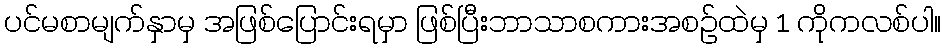
ပင်မစာမျက်နှာမှ အဖြစ်ပြောင်းရမှာ ဖြစ်ပြီးဘာသာစကားအစဥ်ထဲမှ 1 ကိုကလစ်ပါ။